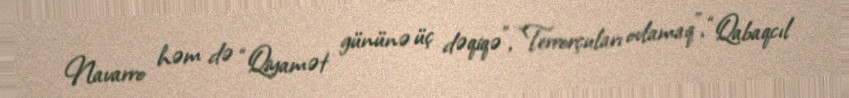
Navarro həm də “Qiyamət gününə üç dəqiqə”, “Terrorçuları ovlamaq”, “Qabaqcıl